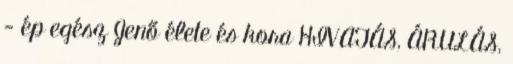
- ép egész Jenő élete és kora HIVATÁS, ÁRULÁS,